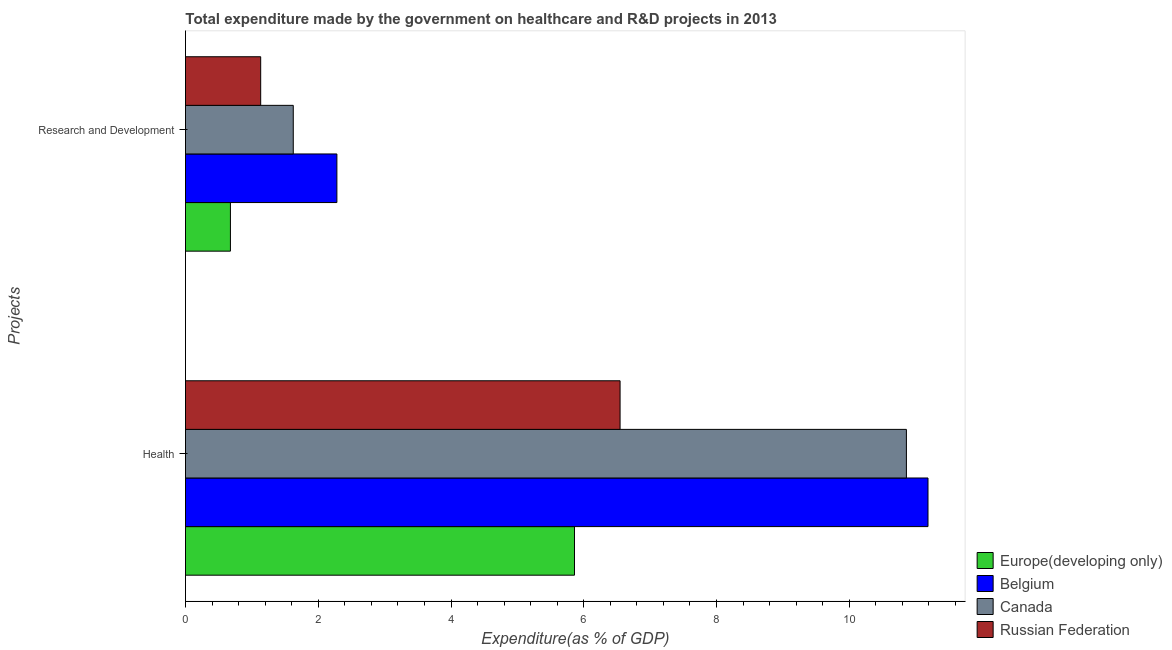
| Projects | Europe(developing only) | Belgium | Canada | Russian Federation |
 | --- | --- | --- | --- | --- |
 | Health | 5.86 | 11.2 | 10.9 | 6.55 |
 | Research and Development | 0.677 | 2.28 | 1.62 | 1.13 |